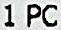
1 PC